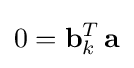
0=\mathbf {b} _{k}^{T}\,\mathbf {a}